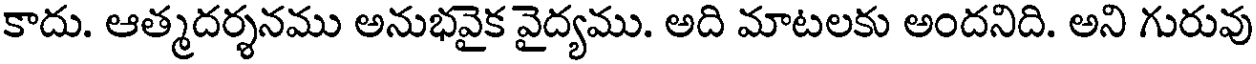
కాదు. ఆత్మదర్శనము అనుభవైక వైద్యము. అది మాటలకు అందనిది. అని గురువు